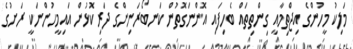
މަލިކު މީހުންގެ އިޖްތިމާއީ ގިންތިތައް ބެހިފައި އޮންނަގޮތުން ކަނބޯރަނިންގެ ދަރިކޮޅުން އައިމީހުންނަކީ ރަށުގެ